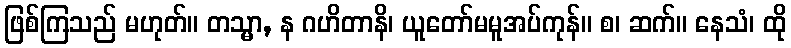
ဖြစ်ကြသည် မဟုတ်။ တသ္မာ, န ဂဟိတာနိ၊ ယူတော်မမူအပ်ကုန်။ စ၊ ဆက်။ နေသံ၊ ထို